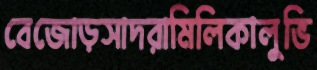
বেজোড়সাদরামিলিকালুভি